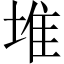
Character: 堆